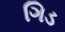
ગિડ